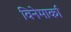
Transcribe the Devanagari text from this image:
विनेमार्का